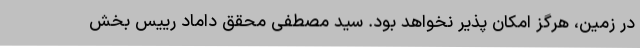
در زمین، هرگز امکان پذیر نخواهد بود. سید مصطفی محقق داماد رییس بخش